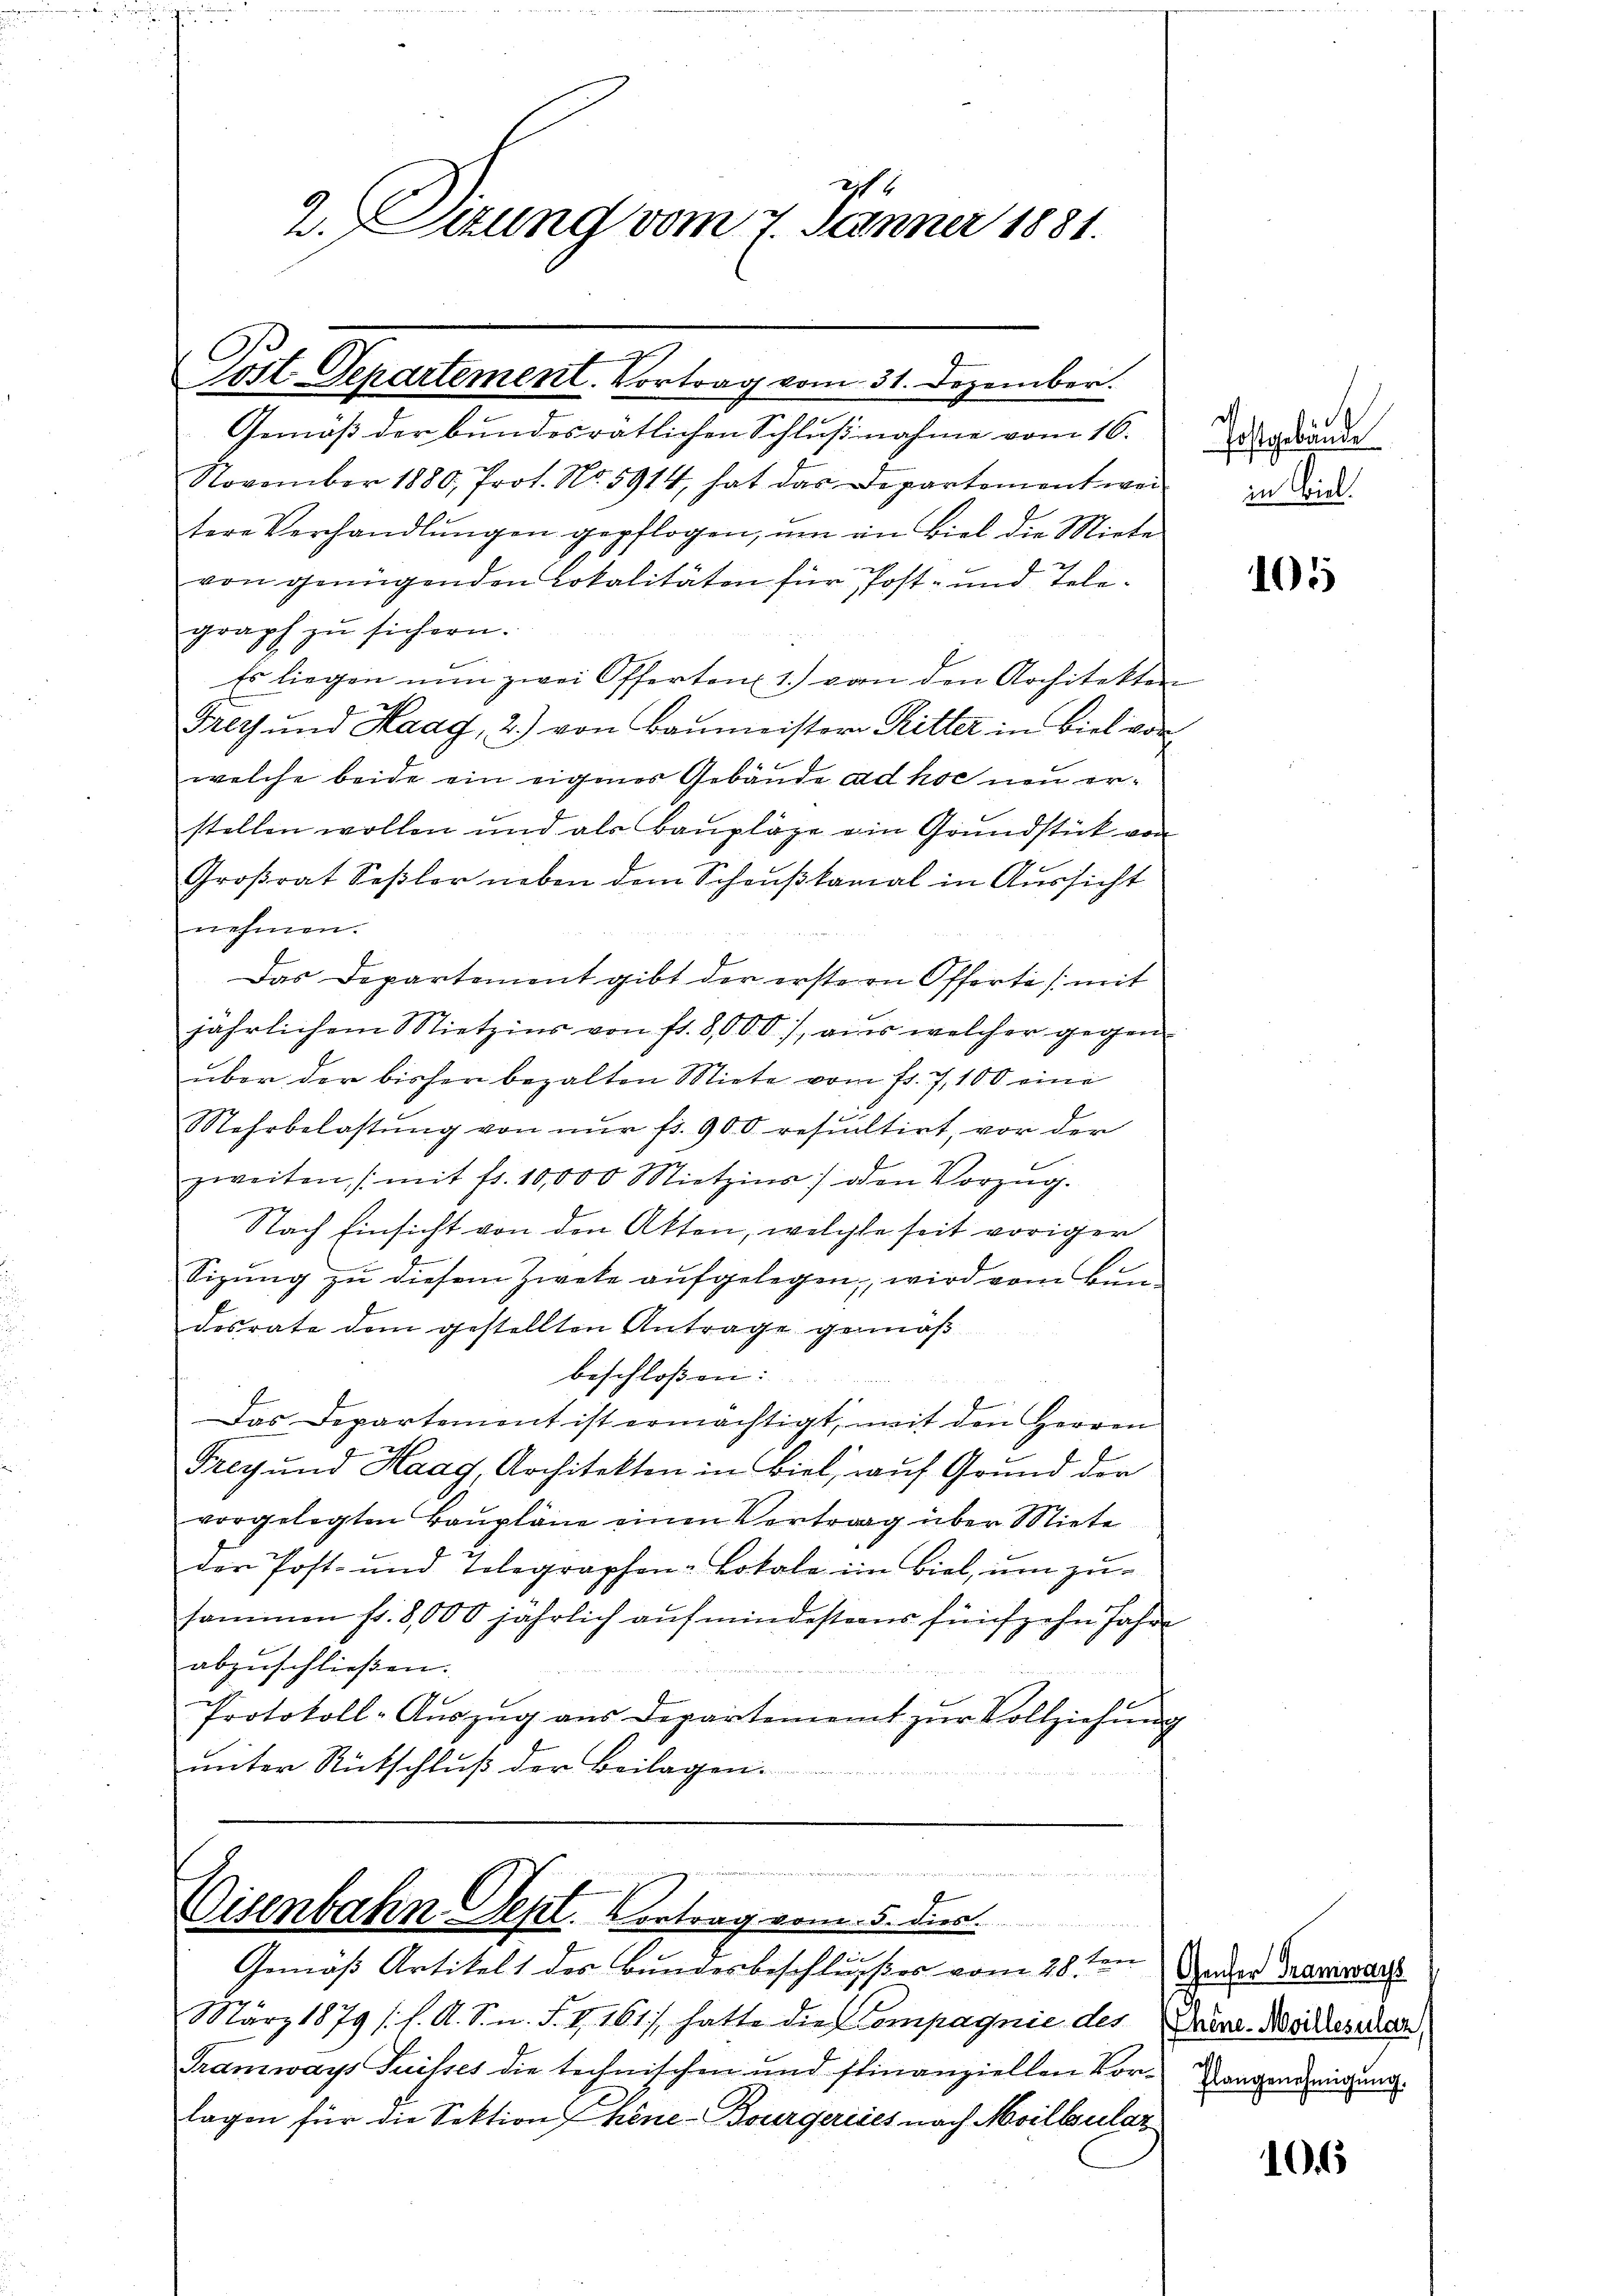
2
2. Stung vom 7. Jänner 1881.

C
Post Departement. Vortrag vom 31. Dezember.
.

Gemäß der bundesrätlichen Schlußnahme vom 16.
November 1880, Prot. No. 5914, hat das Departement weil zu wird.
tere Verhandlŭngen gepflogen, ŭm in Biel die Miete
von genügenden Lokalitäten für Post- und Telegraph zu sichern.
Es liegen nun zwei Offerten 1.) von den Architekten
Fly und Haag, 2.) von Baŭmeistere Ritter in Biel vor
welche beide ein eigener Gebäude ad hoc uu erstellen wollen und als Baŭpläge ein Grŭndstück von
Großrat Seßler neben dem Schußkanal in Aussicht
nehmen.
Das Departement gibt der erste in Offerte (mit
jährlichem Mietzins von fl. 8,000), aus welcher gegen
über der bisher bezalten Miete vom fr. 7, 100 eine
Mehrbelastŭng von nur fr. 900 resultirt, vor der
zweiten (mit fr. 10,000 Mietzins den Vorzug.
Nach Einsicht von den Akten, welche seit voriger
Sizung zu diesem Zweke aufgelegen, wird vom Bundesrate dem gestellten Antrage gemäß
beschloßen:
Das Departement ist ermächtigt, mit den Herren

Frey und Maag, Architekten in Biel, auf Grund der
vorgelegten Baŭpläne einen Vertrag über Miete
der Post- und Telegraphen-Lokale im Biel, um zu-
sammen fr. 8,000 jährlich auf mindestens fünfzehn Jahre
abzuschließen.
f
Protokoll-Aŭszŭg aŭs Departement zŭr Vollziehŭng
unter Rückschluß der Beilagen.

dette der
Eisenbahn Sept. Vortrag vom 5. der
Gemäß Artikelt des Bundesbeschlußes vom 28ten

Närz 1879 (s. A. S. n. F. V 161), hatte die Compagnie des
Tramways Suisses die technischen und finanziellen Vor-
lagen für die Sektion hine-Bourgereies nach Moilbular

Postgebände

10

(Genfer Tramways
(Chine-Moillezulan
Flangenehmigung.

106